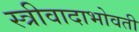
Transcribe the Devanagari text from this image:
स्त्रीवादाभोवती